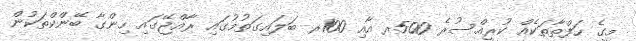
މީގެ ހަފްތާތަކެއް ކުރީއްސުރެ 500ރ އާއި 100ރ ބަލައިގަތުމުގައި ރާއްޖޭގައި ހިންގާ ބޭންކްތަކުން